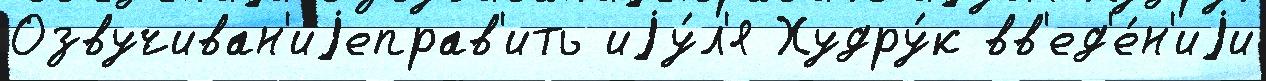
Озвучиван'иjеправ'ить иjу́л'я Худру́к вв'ед'е́н'иjи